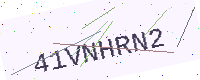
Text: 41VNHRN2